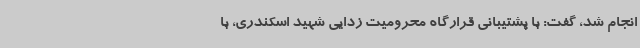
انجام شد، گفت: با پشتیبانی قرارگاه محرومیت زدایی شهید اسکندری، با